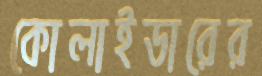
কোলাইডারের